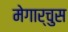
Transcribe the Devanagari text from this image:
मेगार्चुस